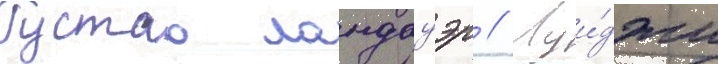
Густав ландауэр // Луи́джи